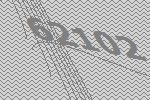
62102